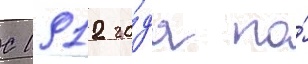
С 1912 го́да по́